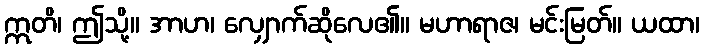
ဣတိ၊ ဤသို့။ အာဟ၊ လျှောက်ဆိုလေ၏။ မဟာရာဇ၊ မင်းမြတ်။ ယထာ၊